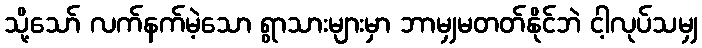
သို့သော် လက်နက်မဲ့သော ရွာသားများမှာ ဘာမျှမတတ်နိုင်ဘဲ ငါ့လုပ်သမျှ